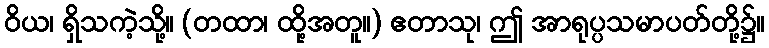
ဝိယ၊ ရှိသကဲ့သို့။ (တထာ၊ ထို့အတူ။) ဧတာသု၊ ဤ အာရုပ္ပသမာပတ်တို့၌။